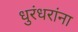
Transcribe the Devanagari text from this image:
धुरंधरांना